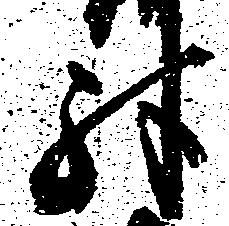
殊